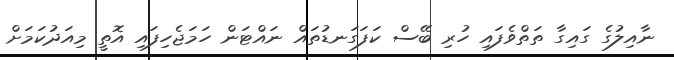
ނާއިލުގެ ގައިގާ ތަތްވެފައި ހުރި ބޭސް ކަފަގަނޑުތައް ނައްޓަން ހަމަޖެހިފައި އޮތީ މިއަދުކަމަށް